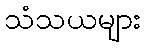
သံသယများ